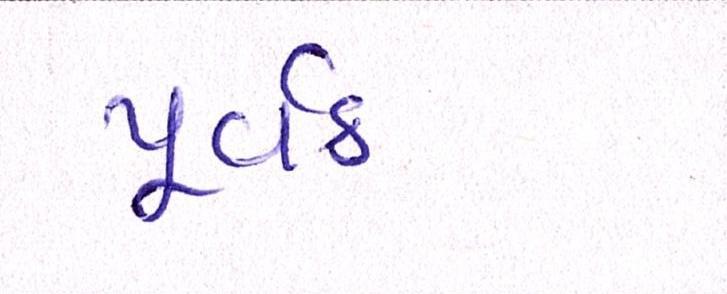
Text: પૂર્વક